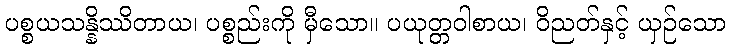
ပစ္စယသန္နိဿိတာယ၊ ပစ္စည်းကို မှီသော။ ပယုတ္တဝါစာယ၊ ဝိညတ်နှင့် ယှဉ်သော